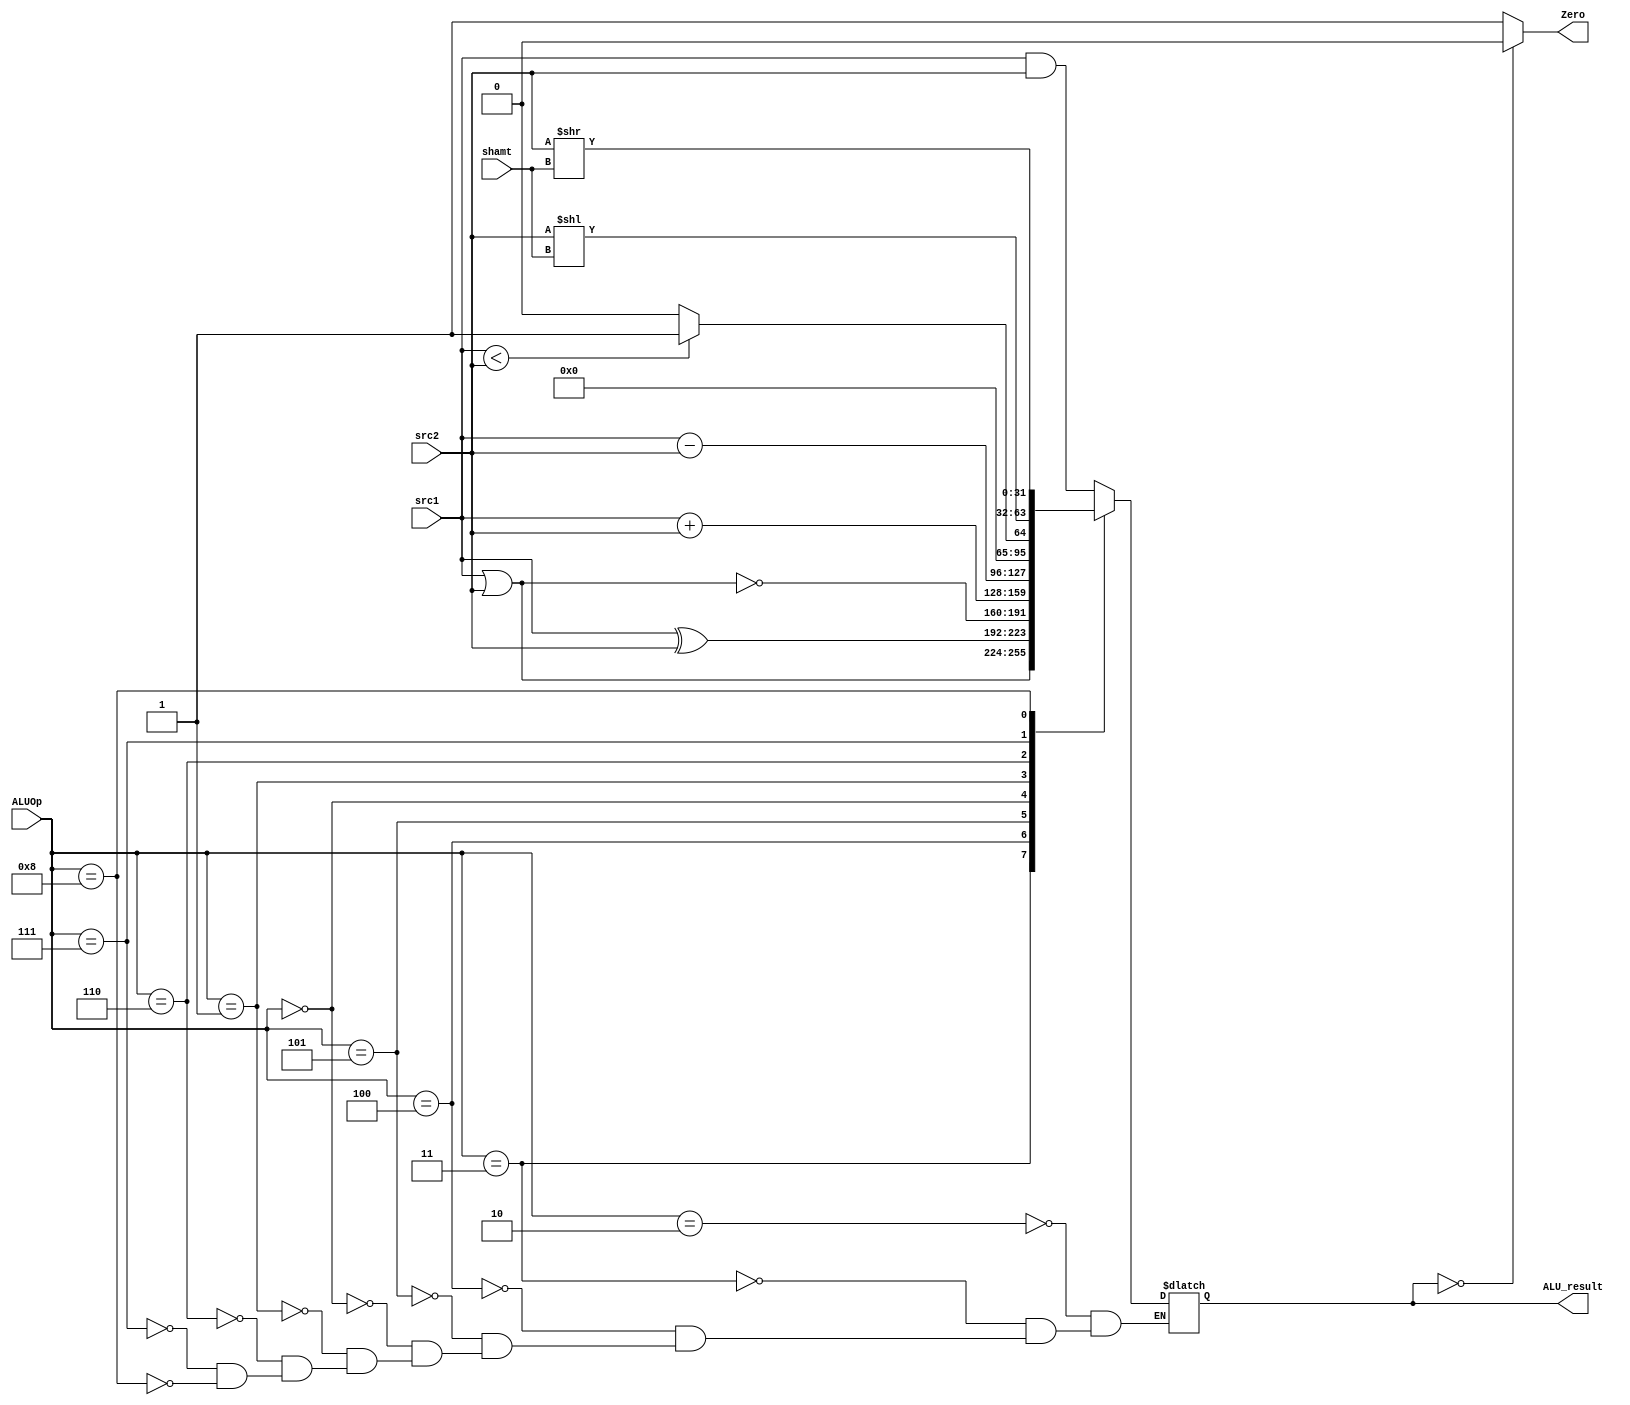
// ALU

module ALU ( 	ALUOp,
		src1,
		src2,
		shamt,
		ALU_result,
		Zero
	   	);
	
	parameter bit_size = 32;
	
	input [3:0] 		ALUOp;
	input [4:0] 		shamt;
	input [bit_size-1:0]	src1;
	input [bit_size-1:0]	src2;
	
	output[bit_size-1:0]	ALU_result;
	output 			Zero;
			
	reg   [bit_size-1:0]	ALU_result;

	localparam ADD = 4'b0000;
	localparam SUB = 4'b0001;
	localparam AND = 4'b0010;
	localparam OR  = 4'b0011;
	localparam XOR = 4'b0100;
	localparam NOR = 4'b0101;
	localparam SLT = 4'b0110;
	localparam SLL = 4'b0111;
	localparam SRL = 4'b1000;

	assign Zero = (ALU_result == 0)? 0 : 1;

	always@(ALUOp, shamt, src1, src2)
	begin
		case(ALUOp)
			AND : ALU_result = src1 & src2;
			OR  : ALU_result = src1 | src2;
			XOR : ALU_result = src1 ^ src2;
			NOR : ALU_result = ~(src1 | src2);
			ADD : ALU_result = src1 + src2;
			SUB : ALU_result = src1 - src2;
			SLT : ALU_result = ( src1 < src2)? 1 :0;
			SLL : ALU_result = src2 << shamt;
			SRL : ALU_result = src2 >> shamt;
		endcase
	end

endmodule